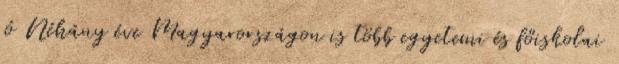
jó Néhány éve Magyarországon is több egyetemi és főiskolai